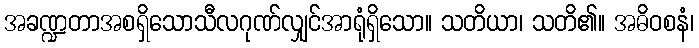
အခဏ္ဍတာအစရှိသောသီလဂုဏ်လျှင်အာရုံရှိသော။ သတိယာ၊ သတိ၏။ အဓိဝစနံ၊